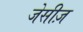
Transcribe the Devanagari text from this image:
जेसीज़